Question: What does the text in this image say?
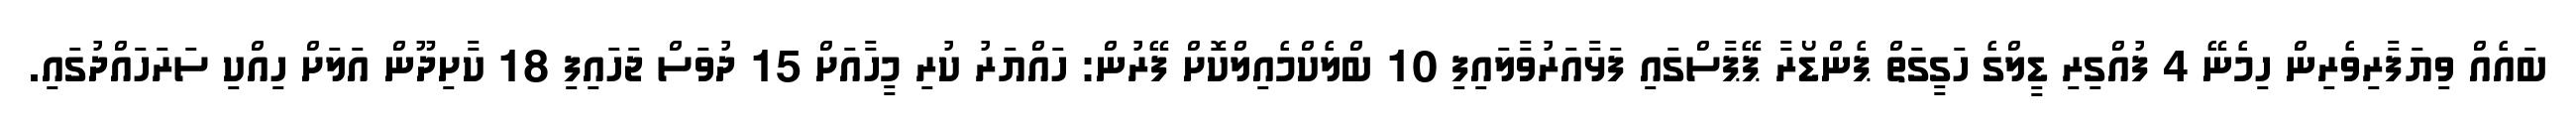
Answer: ބައެއް ވިޔަފާރިވެރިން ހިމެނޭ 4 ފުއްގިރި ޑީލްގެ ހަގީގަތް ޕެންޑޯރާ ޕޭޕާސްގައި ފަޅާއަރުވާލައިފި 10 ބްލެކްމެއިލްކޮށް ފޭރުން: ހައްޔަރު ކުރި މީހާއަށް 15 ދުވަސް ޖަހައިފި 18 ކާށިދޫން އަލަށް ހިއްކި ސަރަހައްދުގައި.